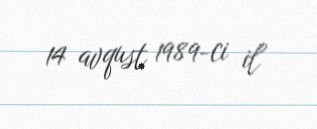
14 avqust 1989-ci il